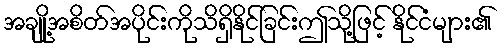
အချို့အစိတ်အပိုင်းကိုသိရှိနိုင်ခြင်းဤသို့ဖြင့် နိုင်ငံများ၏